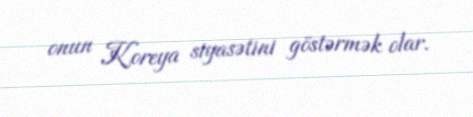
onun Koreya siyasətini göstərmək olar.